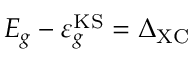
E _ { g } - \varepsilon _ { g } ^ { \mathrm { K S } } = \Delta _ { \mathrm { X C } }